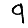
Digit: 9